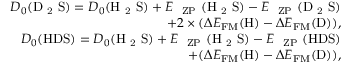
\begin{array} { r } { D _ { 0 } ( \mathrm { D ~ _ 2 ~ S } ) = D _ { 0 } ( \mathrm { H ~ _ 2 ~ S } ) + E \mathrm { ~ _ \mathrm { ~ Z P } ~ ( H ~ _ 2 ~ S ) } - E \mathrm { ~ _ \mathrm { ~ Z P } ~ ( D ~ _ 2 ~ S ) } } \\ { + 2 \times ( \Delta E _ { \mathrm { F M } } ( \mathrm { H } ) - \Delta E _ { \mathrm { F M } } ( \mathrm { D } ) ) , } \\ { D _ { 0 } ( \mathrm { H D S } ) = D _ { 0 } ( \mathrm { H ~ _ 2 ~ S } ) + E \mathrm { ~ _ \mathrm { ~ Z P } ~ ( H ~ _ 2 ~ S ) } - E \mathrm { ~ _ \mathrm { ~ Z P } ~ ( H D S ) } } \\ { + ( \Delta E _ { \mathrm { F M } } ( \mathrm { H } ) - \Delta E _ { \mathrm { F M } } ( \mathrm { D } ) ) , } \end{array}